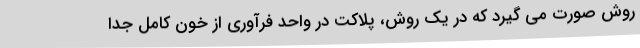
روش صورت می گیرد که در یک روش، پلاکت در واحد فرآوری از خون کامل جدا